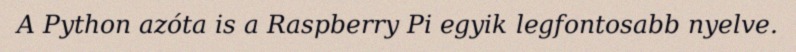
A Python azóta is a Raspberry Pi egyik legfontosabb nyelve.